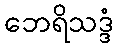
ဘေရိသဒ္ဒံ